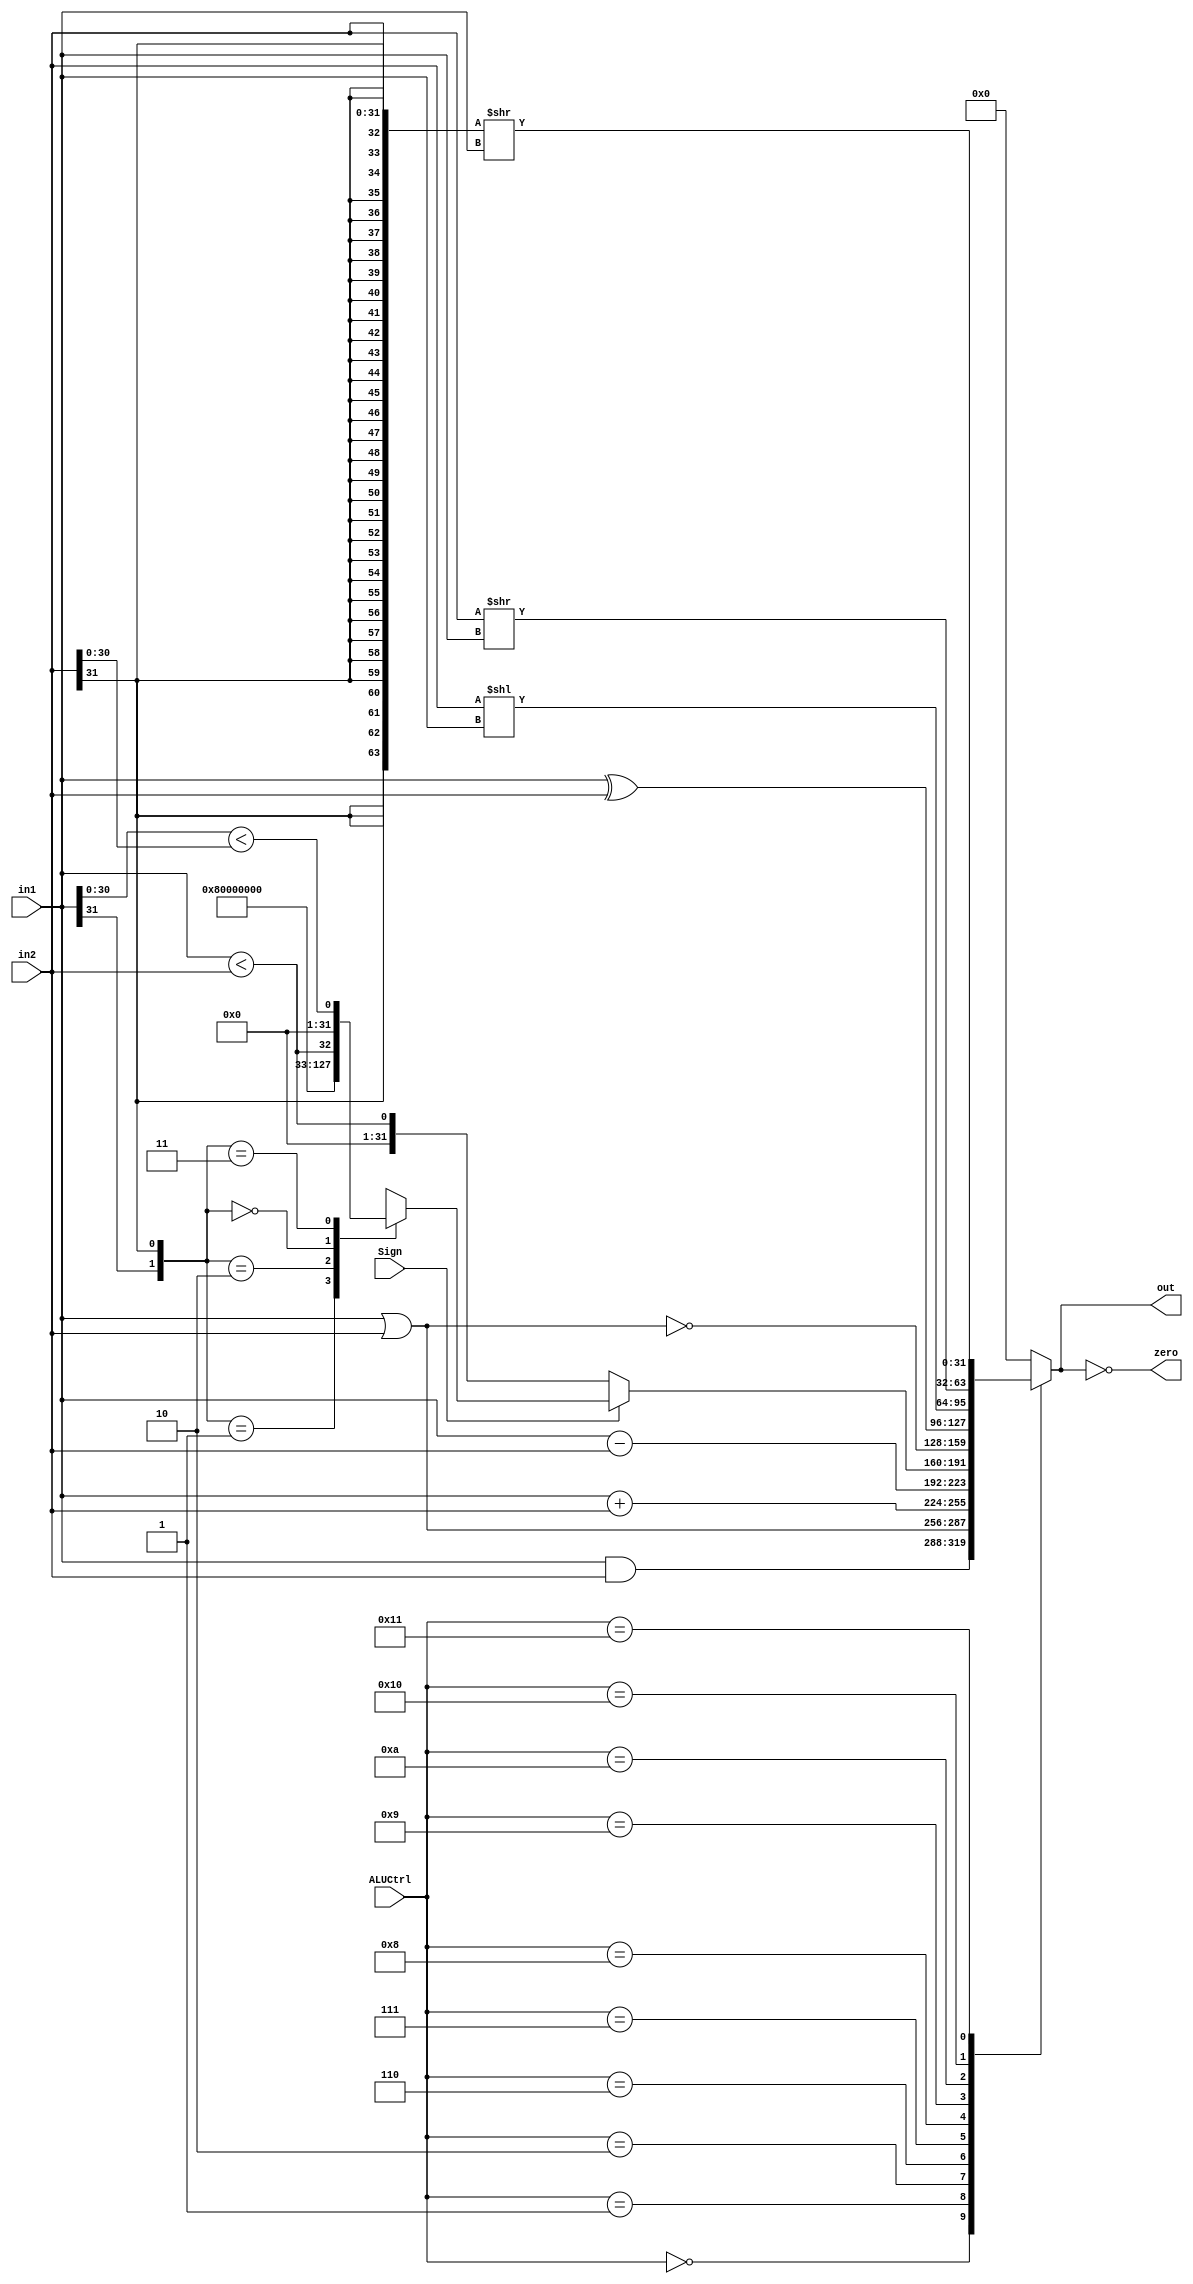
`timescale 1ns / 1ps
module ALU(in1,
           in2,
           ALUCtrl,
           Sign,
           out,
           zero);
    input [31:0] in1, in2;
    input [4:0] ALUCtrl;
    input Sign;
    output reg [31:0] out;
    output zero;
    
    // Your code below
    
    // ALUCtrl signal
    parameter and_ctrl = 5'b00000; // &
    parameter or_ctrl  = 5'b00001; // |
    parameter add_ctrl = 5'b00010; // +
    parameter sub_ctrl = 5'b00110; // -
    parameter slt_ctrl = 5'b00111; // set on less than
    parameter nor_ctrl = 5'b01000; // nor
    parameter xor_ctrl = 5'b01001; // xor
    parameter sll_ctrl = 5'b01010; // <<
    parameter srl_ctrl = 5'b10000; // >>
    parameter sra_ctrl = 5'b10001; // >>(a)
    
    assign zero = (out == 0); // when out is 0, zero is 1
    
    // IMPORTANT! although the signed and unsigned settings has different results in +,-,&,|..., but they share the same representations
    // However, when it comes to slt and sra, they will produce different result performance
    always @(*) begin
        case(ALUCtrl)
            and_ctrl: out <= in1 & in2;
            or_ctrl: out  <= in1 | in2;
            add_ctrl: out <= in1 + in2;
            sub_ctrl: out <= in1 - in2;
            slt_ctrl: begin
                if (Sign) begin //signed
                    case({in1[31],in2[31]}) // to compare according to the sign bit
                        2'b01: out <= 0;
                        2'b10: out <= 1;
                        2'b00: out <= (in1<in2);
                        2'b11: out <= (in1[30:0]<in2[30:0]);
                    endcase
                end
                else // unsigned
                out <= (in1 < in2);
            end
            nor_ctrl: out <= ~(in1 | in2);
            xor_ctrl: out <= (in1 ^ in2);
            sll_ctrl: out <= (in2 << in1);
            srl_ctrl: out <= (in2 >> in1);
            // important!! if you want to add shamt options, you should load the last 16 bits and get the shamt[10:6]
            sra_ctrl: out <= ({{32{in2[31]}}, in2} >> in1); // the highst bit is always same as signal-bit
            // when it comes to unsigned numbers, sra_ctrl may get wrong answers
            // see: https://chortle.ccsu.edu/AssemblyTutorial/Chapter-14/ass14_14.html
            default: out <= 0;
        endcase
    end
    // Your code above
    
endmodule